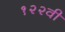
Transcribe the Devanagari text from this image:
१२२वी